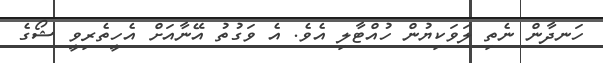
ހަނދާން ނެތި ލަވަކިޔުން ހުއްޓާލި އެވެ. އެ ވަގުތު އޭނާއަށް އެހީތެރިވީ ޝޯގެ